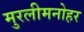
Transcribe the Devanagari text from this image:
मुरलीमनोहर